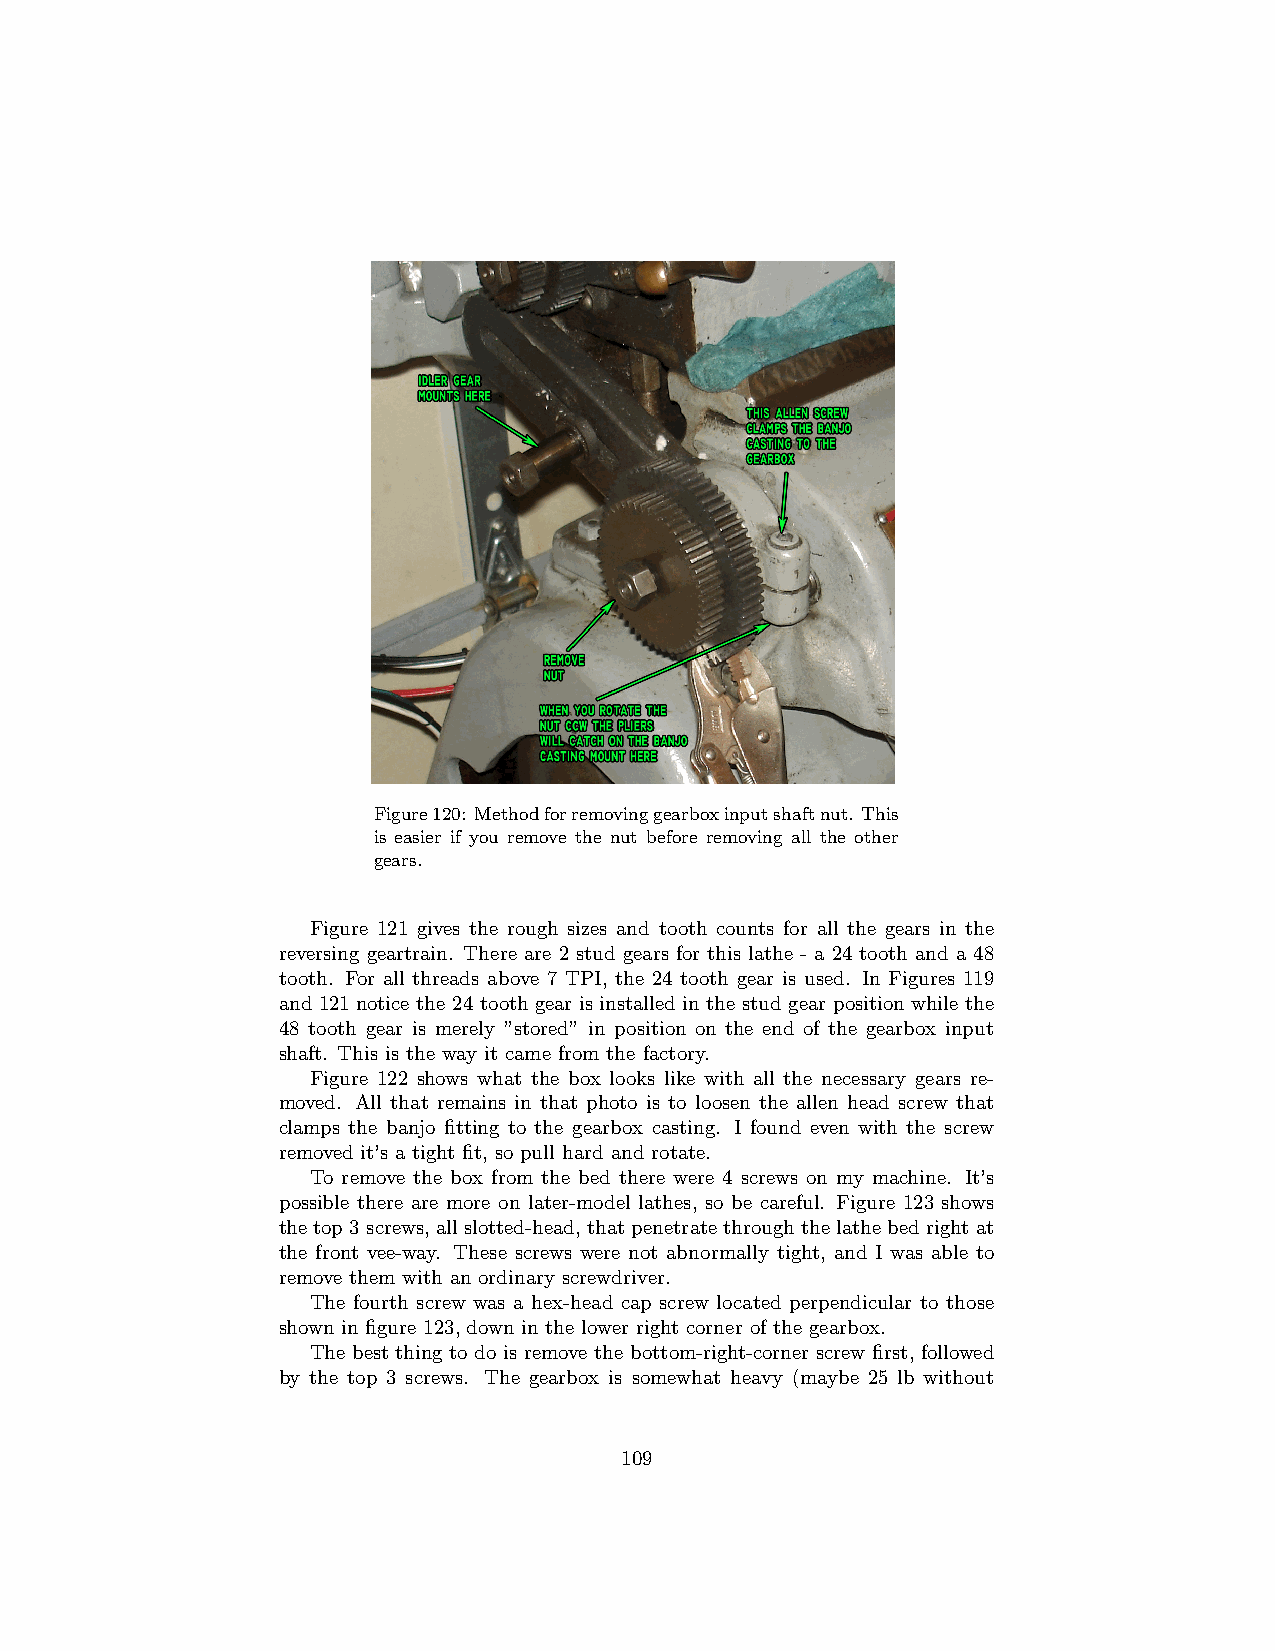
Figure120: Methodforremovinggearboxinputshaftnut. This
 is easier if you remove the nut before removing all the other
 gears.
 Figure 121 gives the rough sizes and tooth counts for all the gears in the
 reversing geartrain. There are 2 stud gears for this lathe - a 24 tooth and a 48
 tooth. For all threads above 7 TPI, the 24 tooth gear is used. In Figures 119
 and 121 notice the 24 tooth gear is installed in the stud gear position while the
 48 tooth gear is merely ”stored” in position on the end of the gearbox input
 shaft. This is the way it came from the factory.
 Figure 122 shows what the box looks like with all the necessary gears re-
 moved. All that remains in that photo is to loosen the allen head screw that
 clamps the banjo fitting to the gearbox casting. I found even with the screw
 removed it’s a tight fit, so pull hard and rotate.
 To remove the box from the bed there were 4 screws on my machine. It’s
 possible there are more on later-model lathes, so be careful. Figure 123 shows
 thetop3screws, allslotted-head, thatpenetratethroughthelathebedrightat
 the front vee-way. These screws were not abnormally tight, and I was able to
 remove them with an ordinary screwdriver.
 The fourth screw was a hex-head cap screw located perpendicular to those
 shown in figure 123, down in the lower right corner of the gearbox.
 The best thing to do is remove the bottom-right-corner screw first, followed
 by the top 3 screws. The gearbox is somewhat heavy (maybe 25 lb without
 109